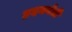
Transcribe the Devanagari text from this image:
हृदयनेत्री